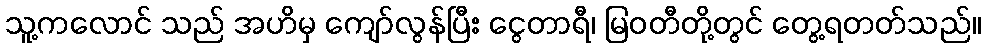
သူ့ကလောင် သည် အဟိမှ ကျော်လွန်ပြီး ငွေတာရီ၊ မြဝတီတို့တွင် တွေ့ရတတ်သည်။